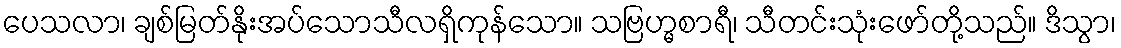
ပေသလာ၊ ချစ်မြတ်နိုးအပ်သောသီလရှိကုန်သော။ သဗြဟ္မစာရီ၊ သီတင်းသုံးဖော်တို့သည်။ ဒိသွာ၊